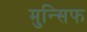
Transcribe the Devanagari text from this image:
मुन्सिफ